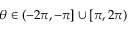
\theta \in ( - 2 \pi , - \pi ] \cup [ \pi , 2 \pi )